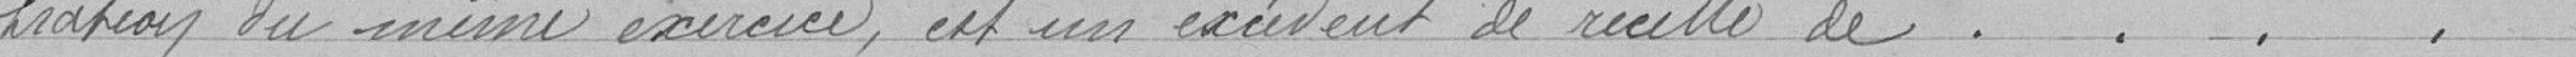
tration du meme exercice, est un excédent de recette de . . . . . . . . . . . . . . . . . . . . . . . . . . . . . . . . . .                        660.795.83